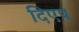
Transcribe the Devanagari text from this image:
दिएप